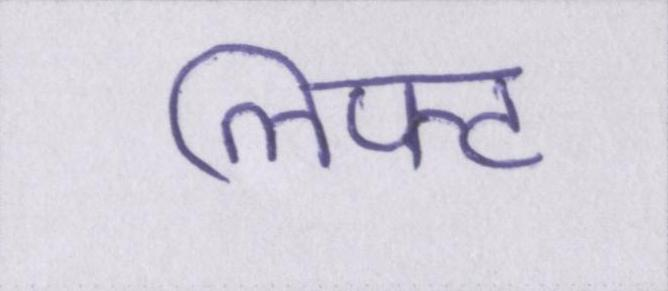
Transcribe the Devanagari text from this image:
लिफ्ट